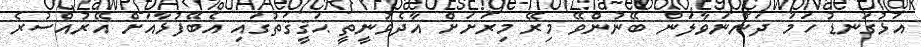
އަޅުގަނޑު ހަމަ ދަންނަވާލަން ބޭނުންވޭ މިރޭ މިރަށަށް އާދެވުނީތީ ޙަޤީޤަތުގައި އެބޭފުޅާއަށް އޭރުއްސުރެ